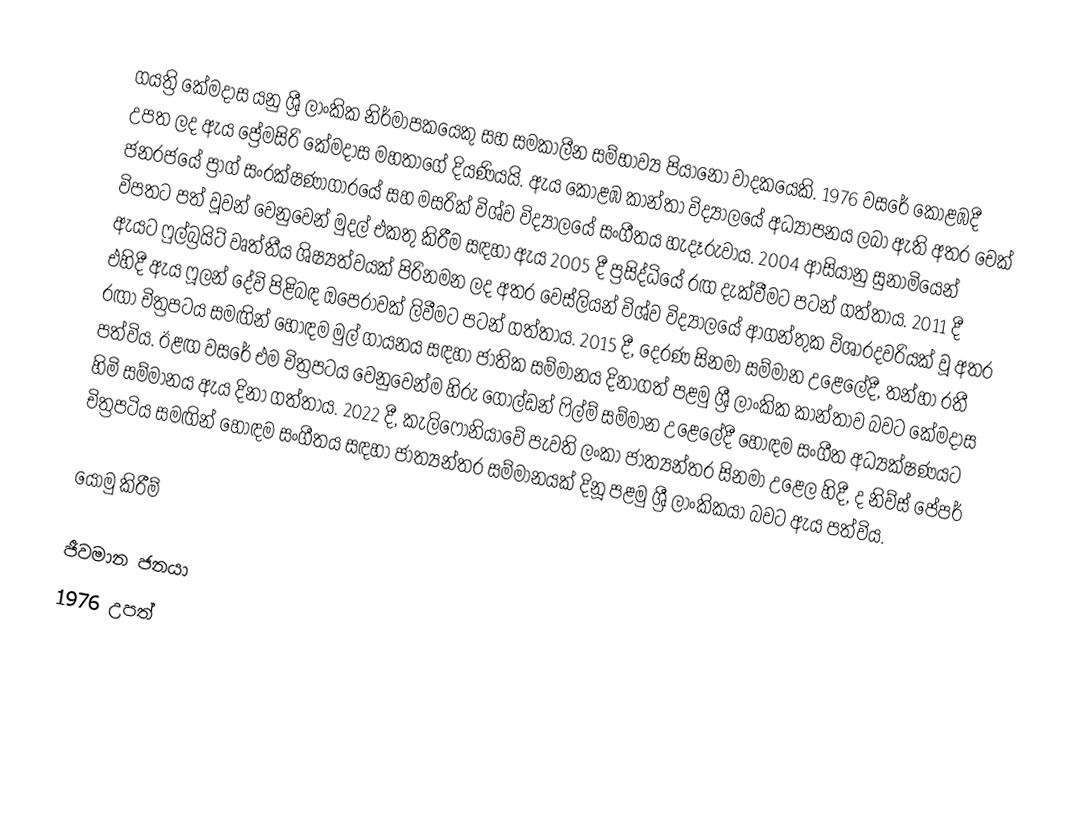
ගයත්‍රි කේමදාස යනු ශ්‍රී ලාංකික නිර්මාපකයෙකු සහ සමකාලීන සම්භාව්‍ය පියානෝ වාදකයෙකි. 1976 වසරේ කොළඹදී උපත ලද ඇය ප්‍රේමසිරි කේමදාස මහතාගේ දියණියයි. ඇය කොළඹ කාන්තා විද්‍යාලයේ අධ්‍යාපනය ලබා ඇති අතර චෙක් ජනරජයේ ප්‍රාග් සංරක්ෂණාගාරයේ සහ මසරික් විශ්ව විද්‍යාලයේ සංගීතය හැදෑරුවාය.  2004 ආසියානු සුනාමියෙන් විපතට පත් වූවන් වෙනුවෙන් මුදල් එකතු කිරීම සඳහා ඇය 2005 දී ප්‍රසිද්ධියේ රඟ දැක්වීමට පටන් ගත්තාය.  2011 දී ඇයට ෆුල්බ්‍රයිට් වෘත්තීය ශිෂ්‍යත්වයක් පිරිනමන ලද අතර වෙස්ලියන් විශ්ව විද්‍යාලයේ ආගන්තුක විශාරදවරියක් වූ අතර එහිදී ඇය ෆූලන් දේවි පිළිබඳ ඔපෙරාවක් ලිවීමට පටන් ගත්තාය.  2015 දී, දෙරණ සිනමා සම්මාන උළෙලේදී, තන්හා රතී රඟා චිත්‍රපටය සමඟින් හොඳම මුල් ගායනය සඳහා ජාතික සම්මානය දිනාගත් පළමු ශ්‍රී ලාංකික කාන්තාව බවට කේමදාස පත්විය. ඊළඟ වසරේ එම චිත්‍රපටය වෙනුවෙන්ම හිරු ගෝල්ඩන් ෆිල්ම් සම්මාන උළෙලේදී හොඳම සංගීත අධ්‍යක්ෂණයට හිමි සම්මානය ඇය දිනා ගත්තාය.  2022 දී, කැලිෆෝනියාවේ පැවති ලංකා ජාත්‍යන්තර සිනමා උළෙල හිදී, ද නිව්ස් පේපර් චිත්‍රපටිය සමඟින් හොඳම සංගීතය සඳහා ජාත්‍යන්තර සම්මානයක් දිනූ පළමු ශ්‍රී ලාංකිකයා බවට ඇය පත්විය.

යොමු කිරීම්

ජීවමාන ජනයා
1976 උපත්